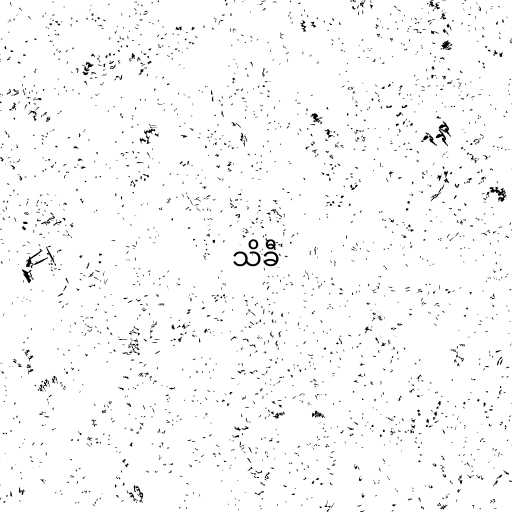
သိခီ